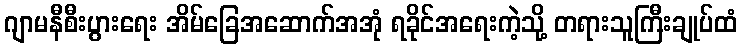
ဂျာမနီစီးပွားရေး အိမ်ခြေအဆောက်အအုံ ရခိုင်အရေးကဲ့သို့ တရားသူကြီးချုပ်ထံ